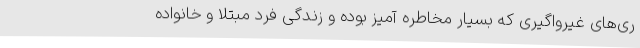
ری‌های غیرواگیری که بسیار مخاطره آمیز بوده و زندگی فرد مبتلا و خانواده